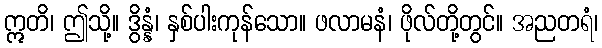
ဣတိ၊ ဤသို့။ ဒွိန္နံ၊ နှစ်ပါးကုန်သော။ ဖလာမနံ၊ ဖိုလ်တို့တွင်။ အညတရံ၊